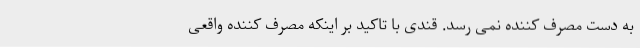
به دست مصرف کننده نمی رسد. قندی با تاکید بر اینکه مصرف کننده واقعی